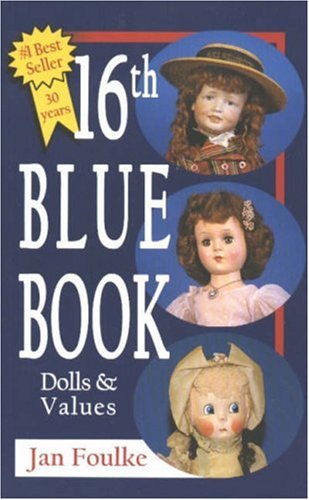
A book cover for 16th Blue Book: Dolls and Values; Jan Foulke; Crafts, Hobbies & Home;